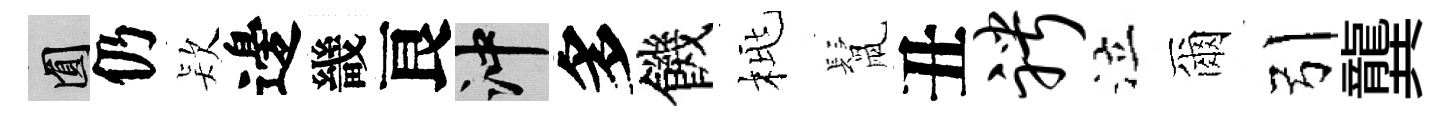
圓仍𣣇邊畿良冲多饑桃鬛丑聘泣爾引龔